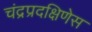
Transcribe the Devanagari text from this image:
चंद्रप्रदक्षिणेस